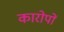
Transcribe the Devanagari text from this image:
कारोपों